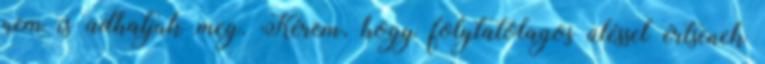
nem is adhatjuk meg. Kérem, hogy folytatólagos üléssel értsenek